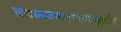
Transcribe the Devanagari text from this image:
समस्तजगदाधारमूर्तये